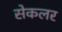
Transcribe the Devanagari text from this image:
सेकलर